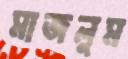
মাজলুম